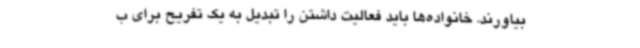
بیاورند. خانواده‌ها باید فعالیت داشتن را تبدیل به یک تفریح برای ب